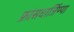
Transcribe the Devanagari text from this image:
फ्रांसधार्जिण्या